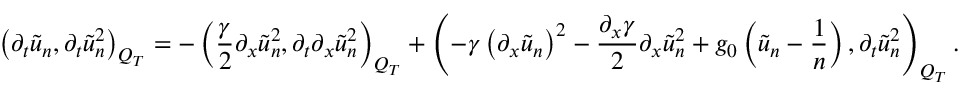
\left( \partial _ { t } \tilde { u } _ { n } , \partial _ { t } \tilde { u } _ { n } ^ { 2 } \right) _ { Q _ { T } } = - \left( \frac { \gamma } { 2 } \partial _ { x } \tilde { u } _ { n } ^ { 2 } , \partial _ { t } \partial _ { x } \tilde { u } _ { n } ^ { 2 } \right) _ { Q _ { T } } + \left( - \gamma \left( \partial _ { x } \tilde { u } _ { n } \right) ^ { 2 } - \frac { \partial _ { x } \gamma } { 2 } \partial _ { x } \tilde { u } _ { n } ^ { 2 } + g _ { 0 } \left( \tilde { u } _ { n } - \frac { 1 } { n } \right) , \partial _ { t } \tilde { u } _ { n } ^ { 2 } \right) _ { Q _ { T } } .